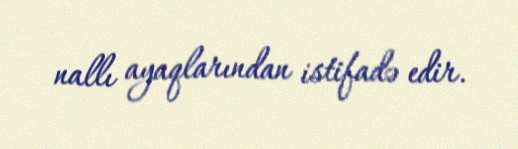
nallı ayaqlarından istifadə edir.